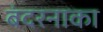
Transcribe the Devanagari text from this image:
बंदरनाका